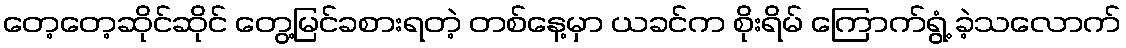
တေ့တေ့ဆိုင်ဆိုင် တွေ့မြင်ခစားရတဲ့ တစ်နေ့မှာ ယခင်က စိုးရိမ် ကြောက်ရွံ့ ခဲ့သလောက်